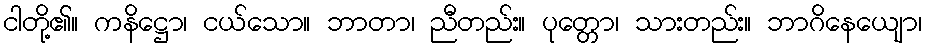
ငါတို့၏။ ကနိဋ္ဌော၊ ငယ်သော။ ဘာတာ၊ ညီတည်း။ ပုတ္တော၊ သားတည်း။ ဘာဂိနေယျော၊